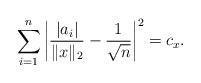
LaTeX: \begin{align*}\sum_{i=1}^{n}\left|\frac{|a_i|}{\|x\|_2}-\frac{1}{\sqrt{n}}\right|^2=c_x.\end{align*}